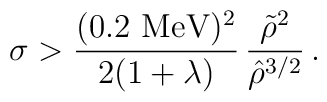
\sigma > \frac{(0.2\,\,{\rm MeV})^2}{2 (1+\lambda)}\,\frac{\tilde \rho^2 }{\hat \rho^{3/2}}\,.